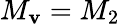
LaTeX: M_{\mathbf{v}}=M_{2}